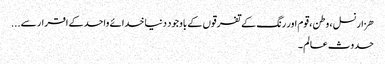
ھزار نسل ، وطن ، قوم اور رنگ کے تفرقوں کے باوجود دنیا خدائے واحدکے اقرار سے...
حدوث عالم ۔